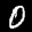
Label: 0